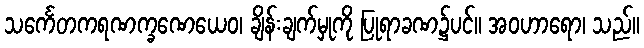
သင်္ကေတကရဏက္ခဏေယေဝ၊ ချိန်းချက်မှုကို ပြုရာခဏ၌ပင်။ အဝဟာရော၊ သည်။